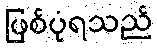
ဖြစ်ပုံရသည်